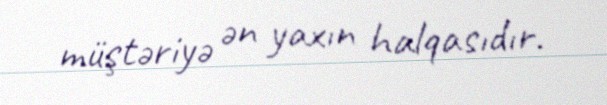
müştəriyə ən yaxın halqasıdır.